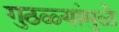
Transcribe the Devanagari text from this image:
गुठळ्यांमुळे